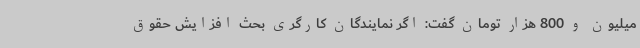
میلیون و 800 هزار تومان گفت: اگر نمایندگان کارگری بحث افزایش حقوق